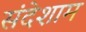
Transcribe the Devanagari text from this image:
संदेशाम